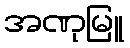
အဏုမြူ